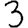
Digit: 3